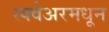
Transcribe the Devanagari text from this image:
स्क्वेअरमधून